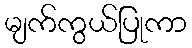
မျက်ကွယ်ပြုကာ